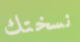
نسختك